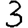
Digit: 3